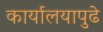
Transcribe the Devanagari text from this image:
कार्यालयापुढे